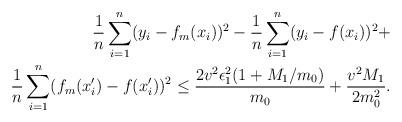
LaTeX: \begin{align*}\frac{1}{n}\sum_{i=1}^n(y_i-f_m(x_i))^2 - \frac{1}{n}\sum_{i=1}^n(y_i-f(x_i))^2 + & \\ \frac{1}{n}\sum_{i=1}^n(f_m(x^{\prime}_i)-f(x^{\prime}_i))^2 \leq \frac{2v^2\epsilon^2_1(1+M_1/m_0)}{m_0} + \frac{v^2M_1}{2m^2_0}.\end{align*}